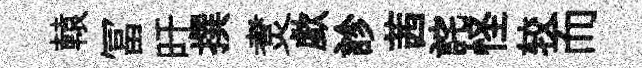
轅冨旴撰煑歔診茜詫怪较而